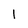
Character: 1